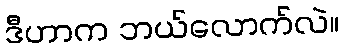
ဒီဟာက ဘယ်လောက်လဲ။